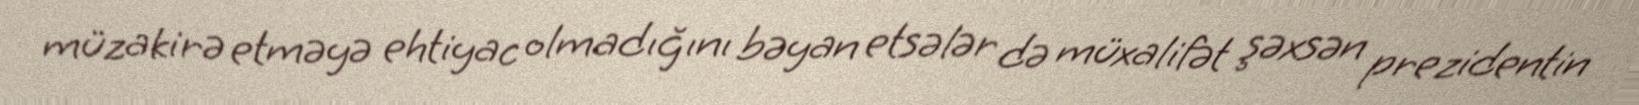
müzakirə etməyə ehtiyac olmadığını bəyan etsələr də müxalifət şəxsən prezidentin